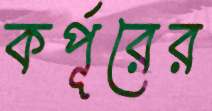
কর্পূরের